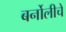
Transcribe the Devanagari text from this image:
बर्नोलीचे